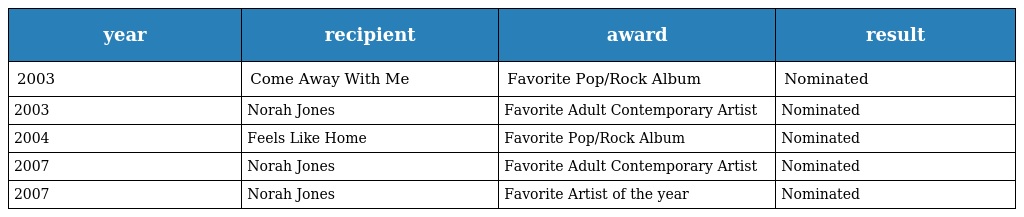
| year | recipient | award | result |
 | --- | --- | --- | --- |
 | 2003 | Come Away With Me | Favorite Pop/Rock Album | Nominated |
 | 2003 | Norah Jones | Favorite Adult Contemporary Artist | Nominated |
 | 2004 | Feels Like Home | Favorite Pop/Rock Album | Nominated |
 | 2007 | Norah Jones | Favorite Adult Contemporary Artist | Nominated |
 | 2007 | Norah Jones | Favorite Artist of the year | Nominated |